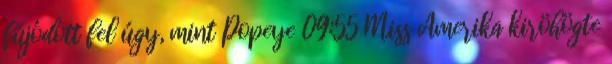
fújódott fel úgy, mint Popeye 09:55 Miss Amerika kiröhögte